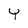
Character: Y